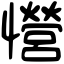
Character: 𢥏